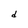
Character: d